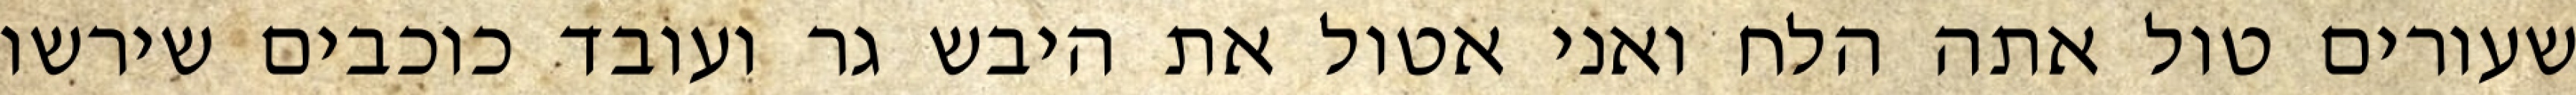
שעורים טול אתה הלח ואני אטול את היבש גר ועובד כוכבים שירשו